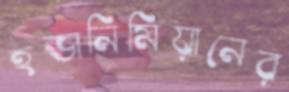
হভানিমিয়ানের